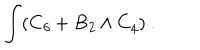
\int ( C _ { \it 6 } + B _ { \it 2 } \wedge C _ { \it 4 } ) \ .